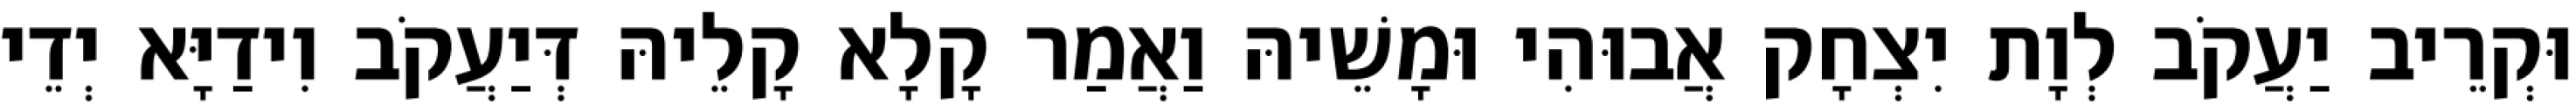
וּקְרֵיב יַעֲקֹב לְוָת יִצְחָק אֲבוּהִי וּמָשֵׁיהּ וַאֲמַר קָלָא קָלֵיהּ דְּיַעֲקֹב וִידַיָּא יְדֵי